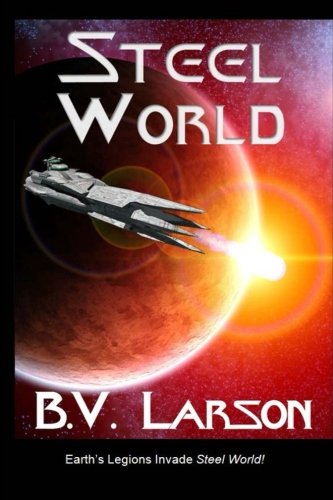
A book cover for Steel World (Undying Mercenaries) (Volume 1); B. V. Larson; Science Fiction & Fantasy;